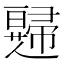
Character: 𱜹